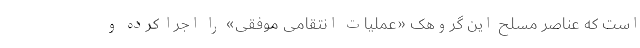
است که عناصر مسلح این گروهک «عملیات انتقامی موفقی» را اجرا کرده و